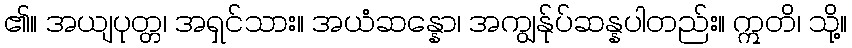
၏။ အယျပုတ္တ၊ အရှင်သား။ အယံဆန္နော၊ အကျွန်ုပ်ဆန္နပါတည်း။ ဣတိ၊ သို့။